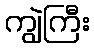
ကျွဲကြီး